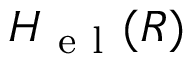
H _ { \mathrm { ~ e ~ l ~ } } ( R )